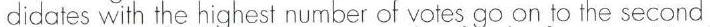
didates with the highest number of votes go on to the second